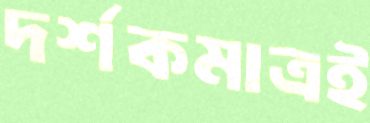
দর্শকমাত্রই